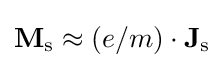
\mathbf {M} _{\text{s}}\approx (e/m)\cdot \mathbf {J} _{\text{s}}